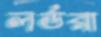
লর্ডরা